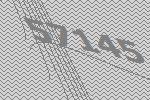
57145